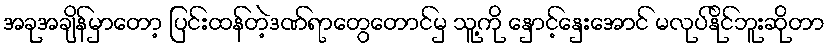
အခုအချိန်မှာတော့ ပြင်းထန်တဲ့ဒဏ်ရာတွေတောင်မှ သူ့ကို နှောင့်နှေးအောင် မလုပ်နိုင်ဘူးဆိုတာ